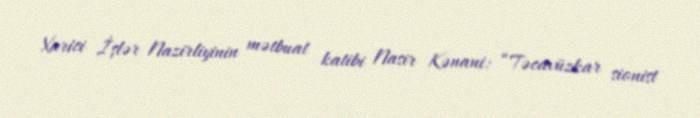
Xarici İşlər Nazirliyinin mətbuat katibi Nasir Kənani: “Təcavüzkar sionist